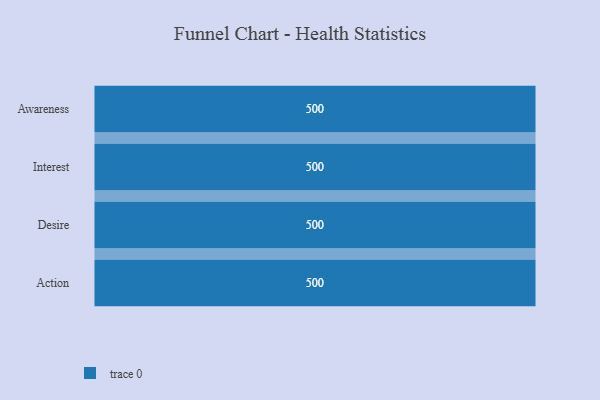
{"axis": {"x": "Stage", "y": "Value"}, "legend": [""], "data": [{"x": "Awareness", "y": 500, "type": ""}, {"x": "Interest", "y": 500, "type": ""}, {"x": "Desire", "y": 500, "type": ""}, {"x": "Action", "y": 500, "type": ""}]}